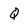
Character: Q